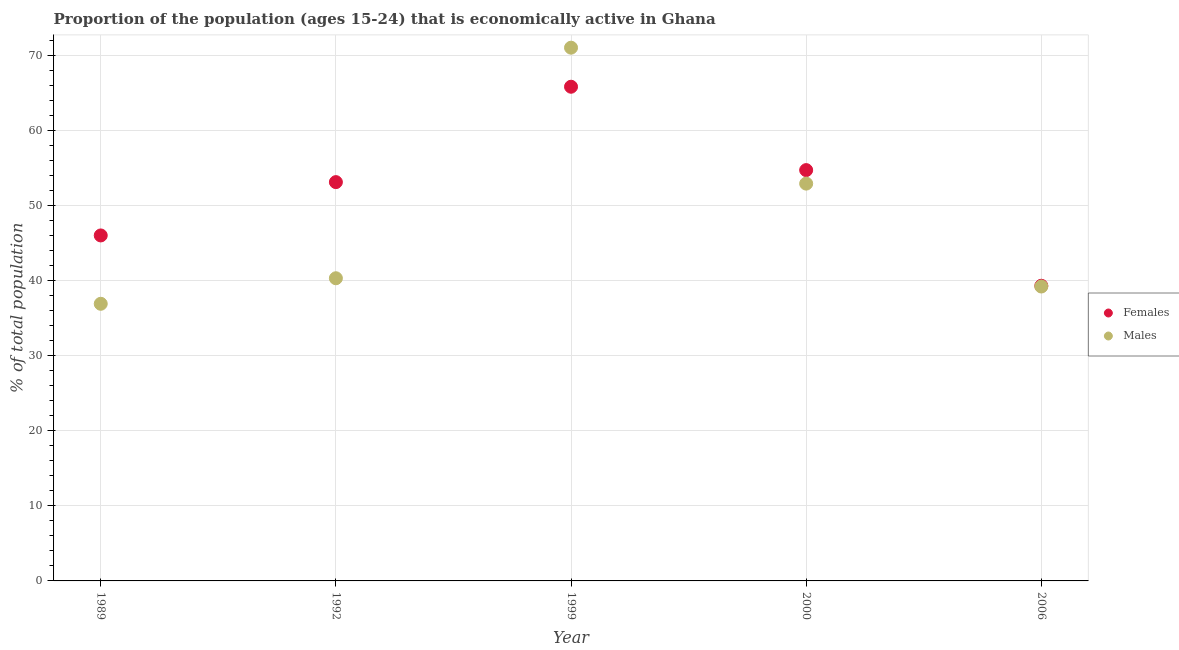
| Year | Females | Males |
 | --- | --- | --- |
 | 1989 | 46 | 36.9 |
 | 1992 | 53.1 | 40.3 |
 | 1999 | 65.8 | 71 |
 | 2000 | 54.7 | 52.9 |
 | 2006 | 39.3 | 39.2 |